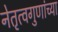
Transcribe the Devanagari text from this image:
नेतृत्वगुणांच्या